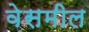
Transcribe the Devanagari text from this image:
वेसमील